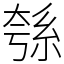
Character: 綔